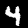
Digit: 4